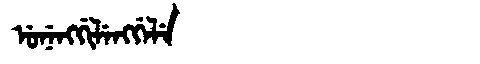
Manchu: ᡠᠨᡝᠩᡤᡳᠯᡝᠩᡤᡝᠯᡝ
Romanization: UNENGGILENGGELE